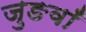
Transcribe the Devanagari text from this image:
जुङवाँ